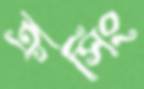
ক্রসিং